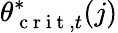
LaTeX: \theta_{\mathrm{~c~r~i~t~},t}^{*}(j)